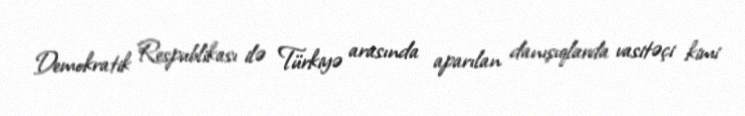
Demokratik Respublikası ilə Türkiyə arasında aparılan danışıqlarda vasitəçi kimi